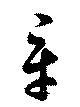
辛